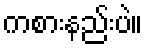
ကစားနည်းပဲ။